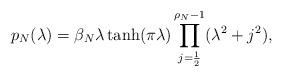
LaTeX: \begin{align*}p_N(\lambda)=\beta_N\lambda\tanh(\pi\lambda)\prod_{j=\frac 12}^{\rho_N-1}(\lambda^2+j^2),\end{align*}